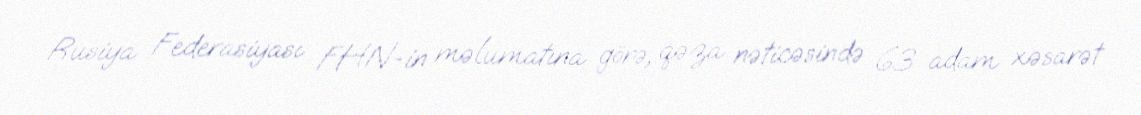
Rusiya Federasiyası FHN-in məlumatına görə, qəza nəticəsində 63 adam xəsarət